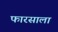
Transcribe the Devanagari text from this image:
फारसाला